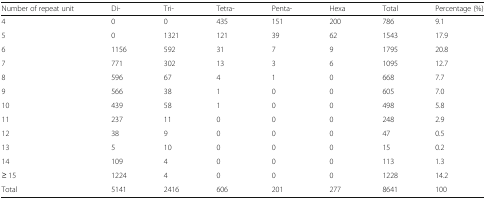
<table><thead><tr><td><b>Number of repeat unit</b></td><td><b>Di-</b></td><td><b>Tri-</b></td><td><b>Tetra-</b></td><td><b>Penta-</b></td><td><b>Hexa</b></td><td><b>Total</b></td><td><b>Percentage (%)</b></td></tr></thead><tbody><tr><td>4</td><td>0</td><td>0</td><td>435</td><td>151</td><td>200</td><td>786</td><td>9.1</td></tr><tr><td>5</td><td>0</td><td>1321</td><td>121</td><td>39</td><td>62</td><td>1543</td><td>17.9</td></tr><tr><td>6</td><td>1156</td><td>592</td><td>31</td><td>7</td><td>9</td><td>1795</td><td>20.8</td></tr><tr><td>7</td><td>771</td><td>302</td><td>13</td><td>3</td><td>6</td><td>1095</td><td>12.7</td></tr><tr><td>8</td><td>596</td><td>67</td><td>4</td><td>1</td><td>0</td><td>668</td><td>7.7</td></tr><tr><td>9</td><td>566</td><td>38</td><td>1</td><td>0</td><td>0</td><td>605</td><td>7.0</td></tr><tr><td>10</td><td>439</td><td>58</td><td>1</td><td>0</td><td>0</td><td>498</td><td>5.8</td></tr><tr><td>11</td><td>237</td><td>11</td><td>0</td><td>0</td><td>0</td><td>248</td><td>2.9</td></tr><tr><td>12</td><td>38</td><td>9</td><td>0</td><td>0</td><td>0</td><td>47</td><td>0.5</td></tr><tr><td>13</td><td>5</td><td>10</td><td>0</td><td>0</td><td>0</td><td>15</td><td>0.2</td></tr><tr><td>14</td><td>109</td><td>4</td><td>0</td><td>0</td><td>0</td><td>113</td><td>1.3</td></tr><tr><td>≥ 15</td><td>1224</td><td>4</td><td>0</td><td>0</td><td>0</td><td>1228</td><td>14.2</td></tr><tr><td>Total</td><td>5141</td><td>2416</td><td>606</td><td>201</td><td>277</td><td>8641</td><td>100</td></tr></tbody></table>